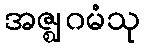
အဇ္ဈဂမံသု